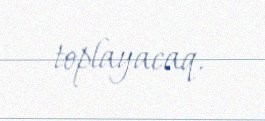
toplayacaq.